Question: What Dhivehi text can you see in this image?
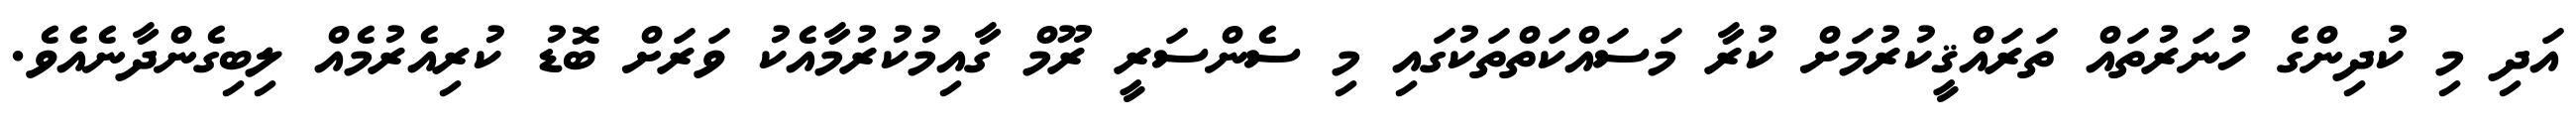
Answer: އަދި މި ކުދިންގެ ހުނަރުތައް ތަރައްޤީކުރުމަށް ކުރާ މަސައްކަތްތަކުގައި މި ސެންސަރީ ރޫމް ގާއިމުކުރުމާއެކު ވަރަށް ބޮޑު ކުރިއެރުމެއް ލިބިގެންދާނެއެވެ.